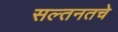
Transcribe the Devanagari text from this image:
सल्तनतचे